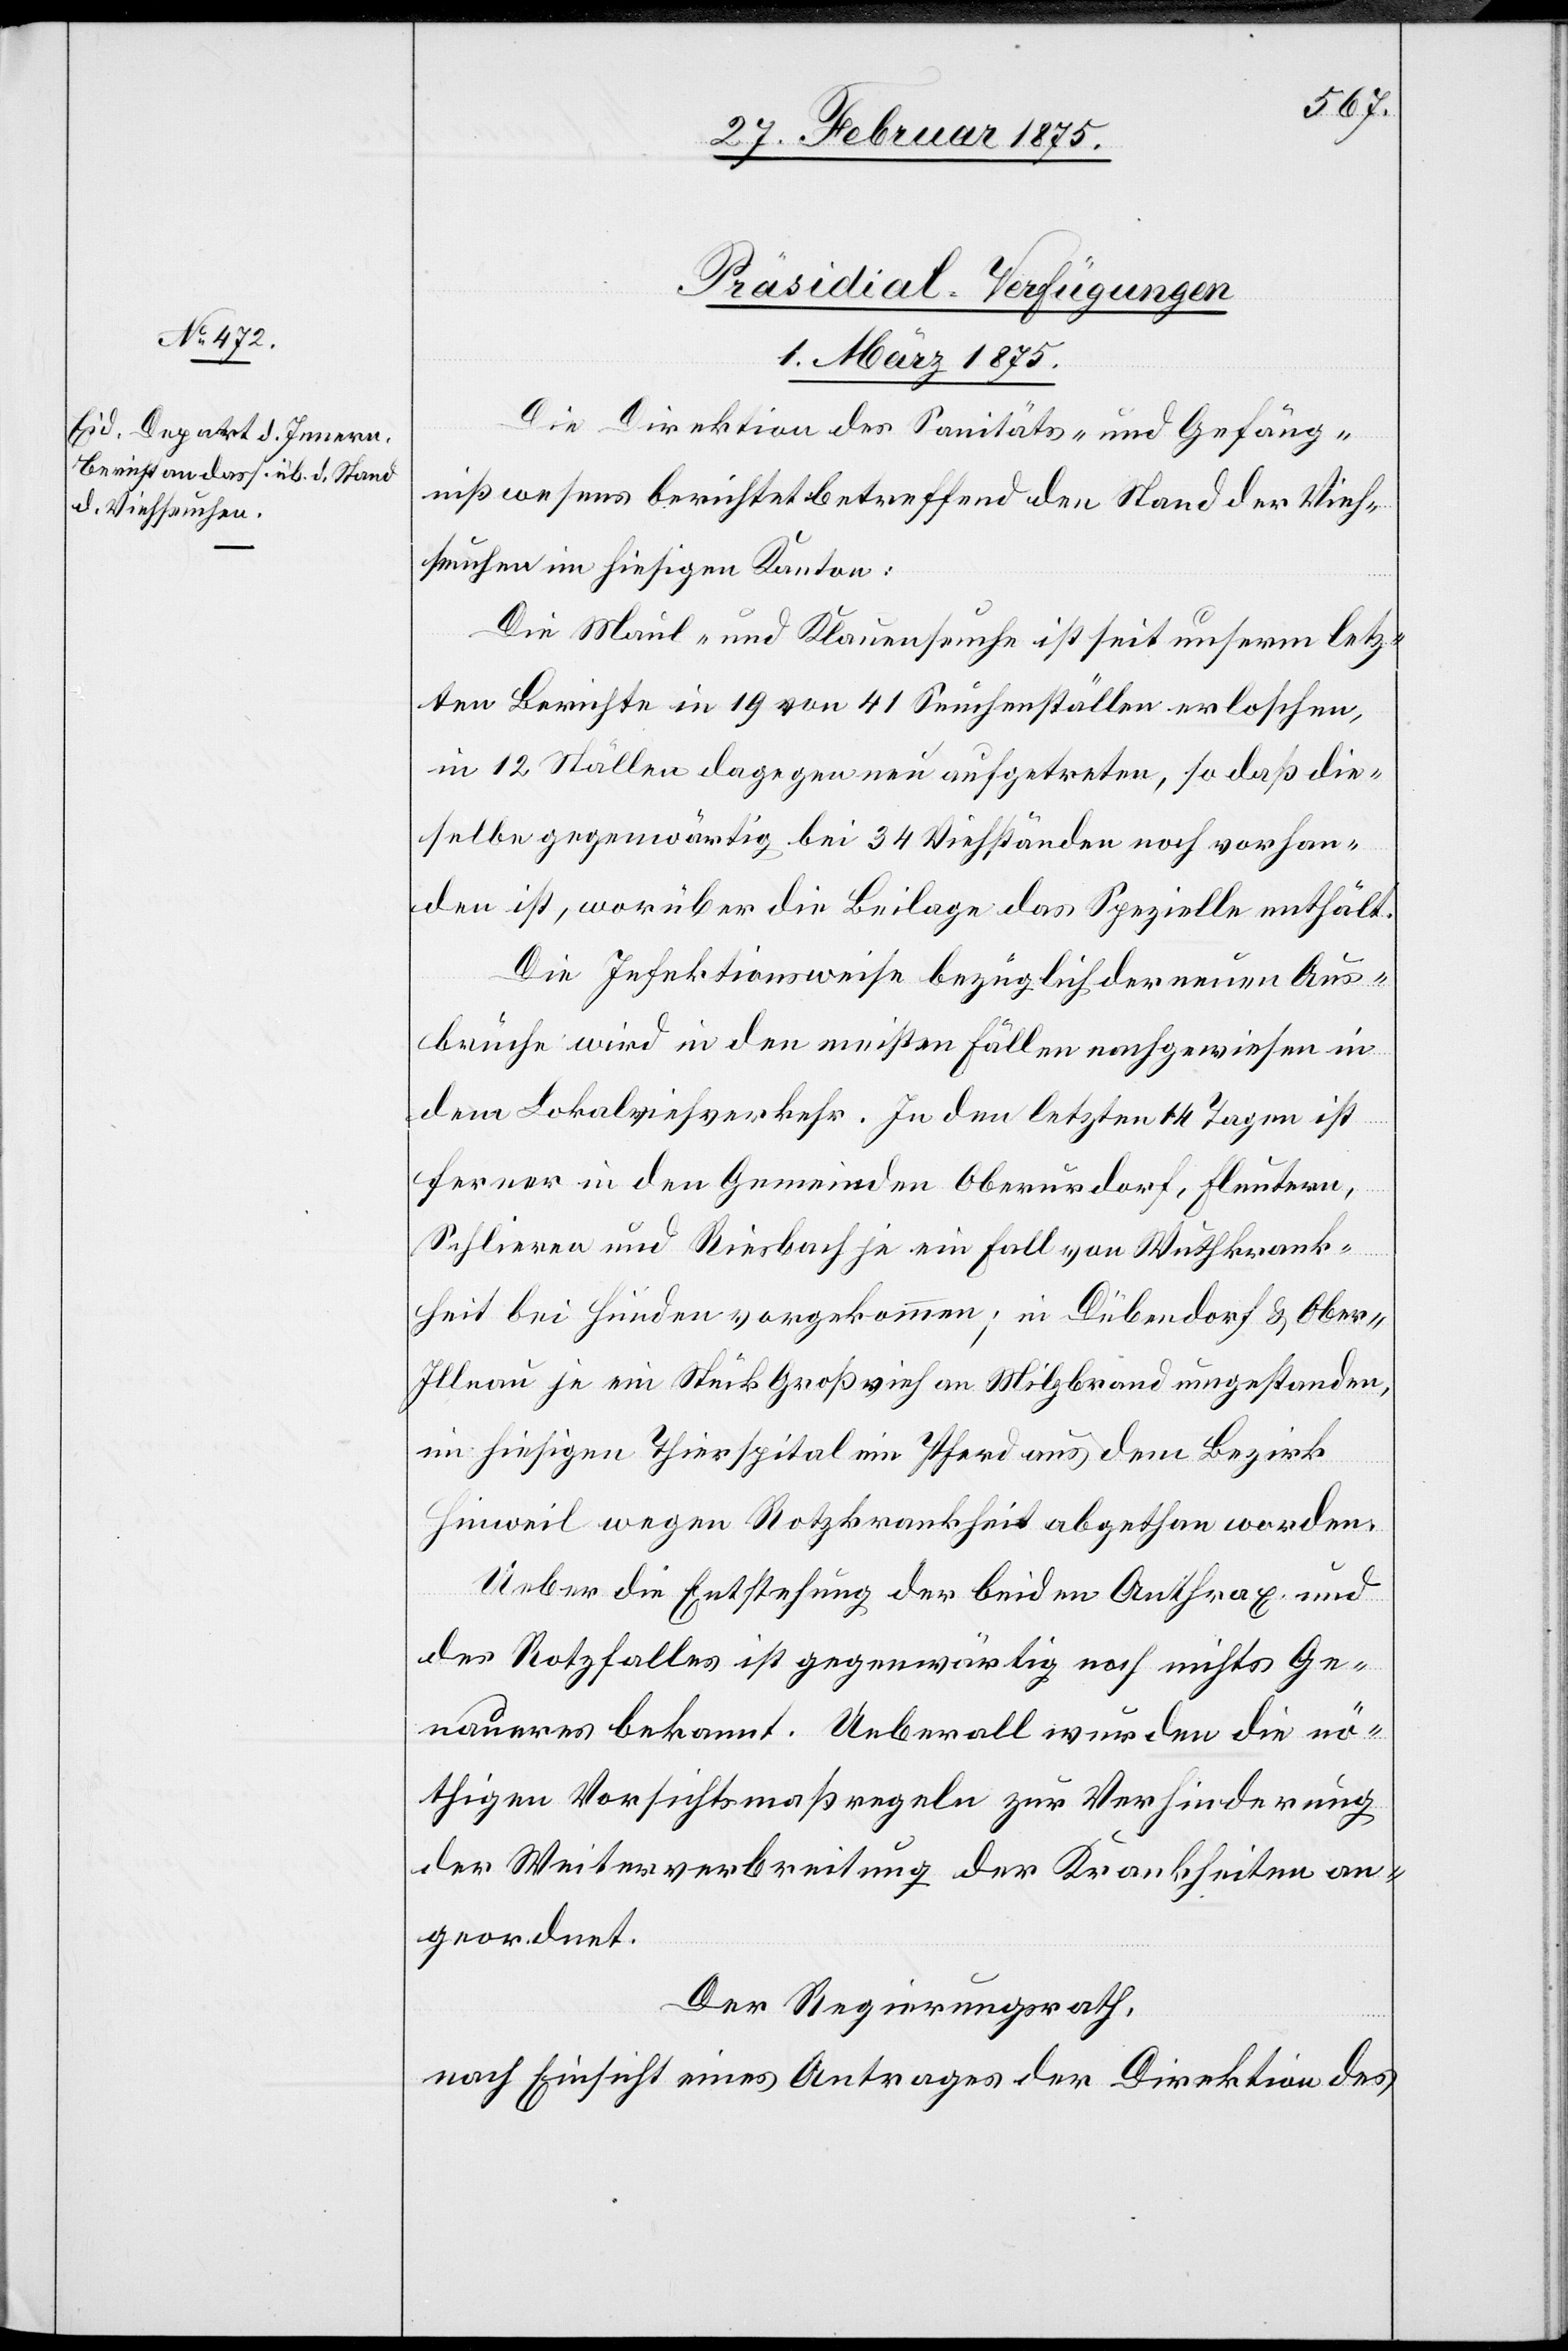
Präsidial-Verfügungen
1. März 1875
Die Direktion des Sanitäts- und Gefäng¬
nißwesens berichtet betreffend den Stand der Vieh¬
seuchen im hiesigen Kanton:
Die Maul- und Klauenseuche ist seit unserm letz¬
ten Berichte in 19 von 41 Seuchenställen erloschen,
in 12 Ställen dagegen neu aufgetreten, so daß die¬
selbe gegenwärtig bei 34 Viehständen noch vorhan¬
den ist, worüber die Beilage das Spezielle enthält.
Die Infektionsweise bezüglich der neuen Aus¬
brüche wird in den meisten Fällen nachgewiesen in
dem Lokalviehverkehr. In den letzten 14 Tagen ist
ferner in den Gemeinden Oberurdorf, Fluntern,
Schlieren und Riesbach je ein Fall von Wuthkrank¬
heit bei Hunden vorgekommen; in Dübendorf & Ober-I¬
llnau je ein Stück Großvieh an Milzbrand umgestanden,
im hiesigen Thierspital ein Pferd aus dem Bezirk
Hinweil wegen Rotzkrankheit abgethan worden.
Ueber die Entstehung der beiden Anthrax und
des Rotzfalles ist gegenwärtig noch nichts Ge¬
naueres bekannt. Ueberall wurden die nö¬
thigen Vorsichtsmaßregeln zur Verhinderung
der Weiterverbreitung der Krankheiten an¬
geordnet.
Der Regierungsrath,
nach Einsicht eines Antrages der Direktion des